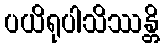
ပယိရုပါသိဿန္တိ